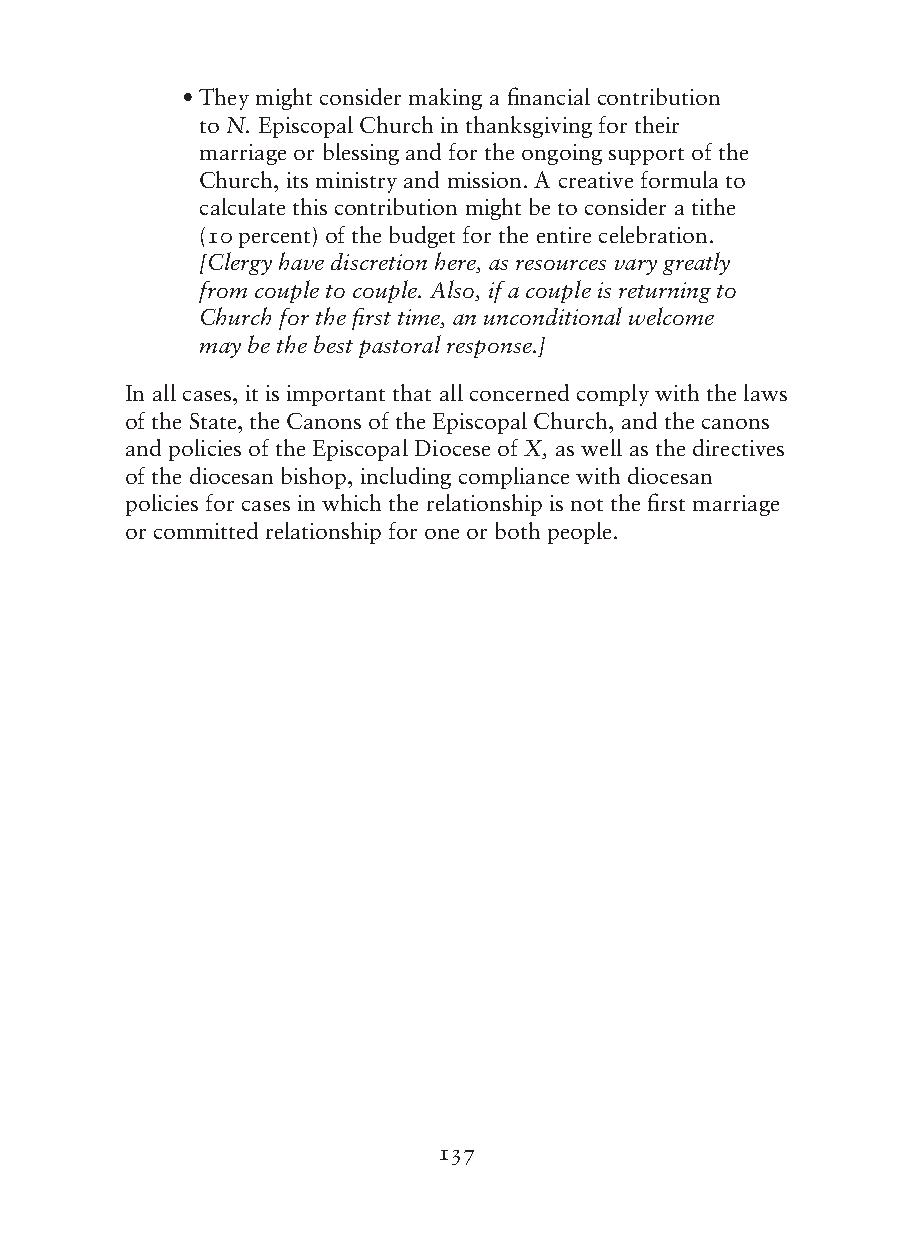
• They might consider making a financial contribution
 to N. Episcopal Church in thanksgiving for their
 marriage or blessing and for the ongoing support of the
 Church, its ministry and mission. A creative formula to
 calculate this contribution might be to consider a tithe
 (10 percent) of the budget for the entire celebration.
 [Clergy have discretion here, as resources vary greatly
 from couple to couple. Also, if a couple is returning to
 Church for the first time, an unconditional welcome
 may be the best pastoral response.]
 In all cases, it is important that all concerned comply with the laws
 of the State, the Canons of the Episcopal Church, and the canons
 and policies of the Episcopal Diocese of X, as well as the directives
 of the diocesan bishop, including compliance with diocesan
 policies for cases in which the relationship is not the first marriage
 or committed relationship for one or both people.
 137